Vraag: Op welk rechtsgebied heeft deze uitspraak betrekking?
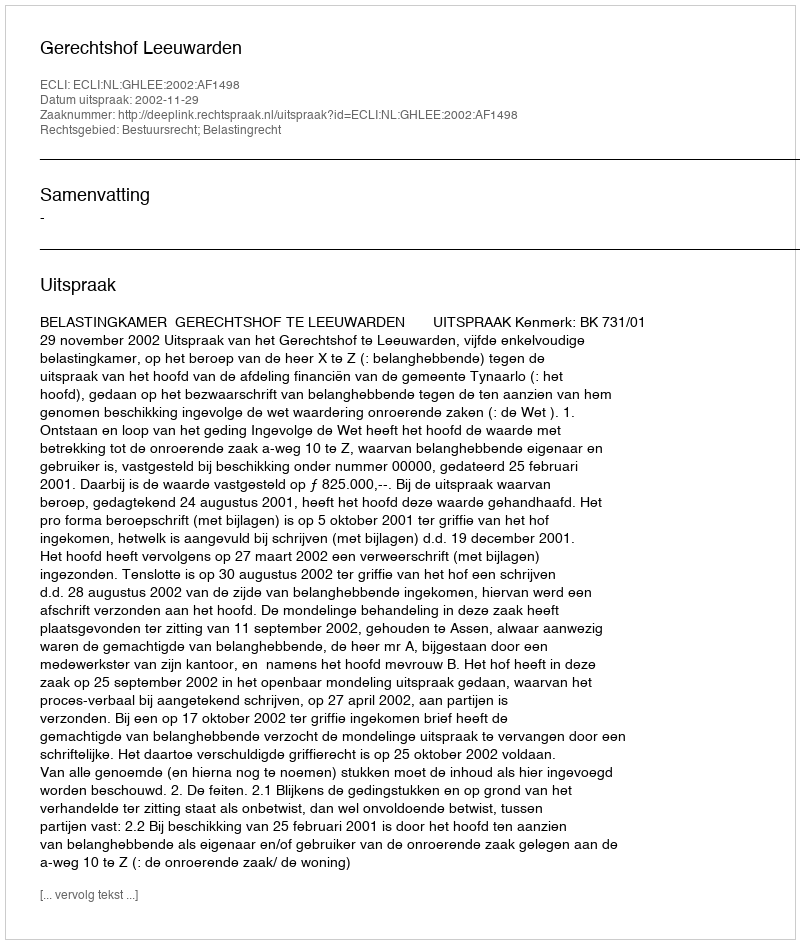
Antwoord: Bestuursrecht; Belastingrecht